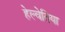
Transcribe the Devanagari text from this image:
हेल्वेतिया